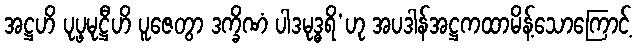
အဋ္ဌဟိ ပုပ္ဖမုဋ္ဌီဟိ ပူဇေတွာ ဒက္ခိဏံ ပါဒမုဒ္ဓရိ’ဟု အပဒါန်အဋ္ဌကထာမိန့်သောကြောင့်